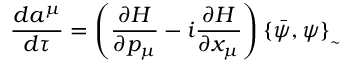
\frac { d a ^ { \mu } } { d \tau } = \left( \frac { \partial H } { \partial p _ { \mu } } - i \frac { \partial H } { \partial x _ { \mu } } \right) \{ \bar { \psi } , \psi \} _ { _ { \sim } }